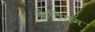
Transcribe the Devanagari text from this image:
केंटियम